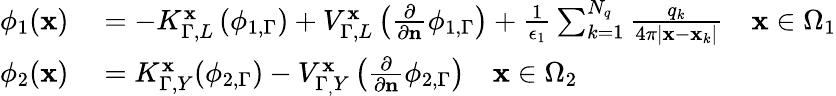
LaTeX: \begin{array}{rl}{\phi_{1}(\mathbf{x})}&{{}=-K_{\Gamma,L}^{\mathbf{x}}\left(\phi_{1,\Gamma}\right)+V_{\Gamma,L}^{\mathbf{x}}\left(\frac{\partial}{\partial\mathbf{n}}\phi_{1,\Gamma}\right)+\frac{1}{\epsilon_{1}}\sum_{k=1}^{N_{q}}\frac{q_{k}}{4\pi|\mathbf{x}-\mathbf{x}_{k}|}\quad\mathbf{x}\in\Omega_{1}}\\ {\phi_{2}(\mathbf{x})}&{{}=K_{\Gamma,Y}^{\mathbf{x}}(\phi_{2,\Gamma})-V_{\Gamma_{,}Y}^{\mathbf{x}}\left(\frac{\partial}{\partial\mathbf{n}}\phi_{2,\Gamma}\right)\quad\mathbf{x}\in\Omega_{2}}\end{array}